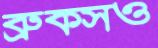
ব্রুকসও